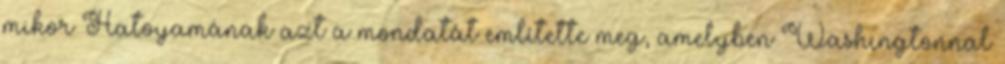
mikor Hatoyamának azt a mondatát említette meg, amelyben Washingtonnal